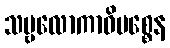
သဗ္ဗလောကာဓိပစ္စေန